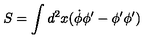
S = \int d ^ { 2 } x ( \dot { \phi } \phi ^ { \prime } - \phi ^ { \prime } \phi ^ { \prime } )